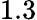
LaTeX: \mathrm{1.3}